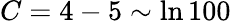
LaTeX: C=4-5\sim\ln 100